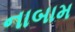
નાબામ